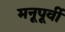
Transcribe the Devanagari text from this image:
मनूपूर्वी